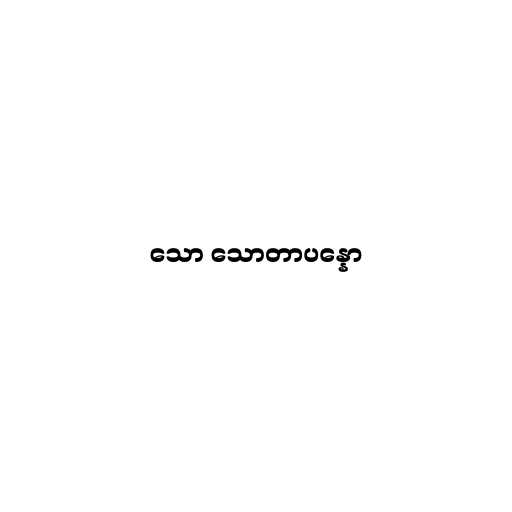
သော သောတာပန္နော